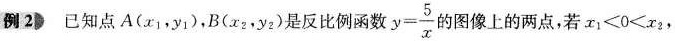
例 2 已知点A(x_{1}，y_{1})，B(x_{2}，y_{2})是反比例函数 $$y = \frac { 5 } { x }$$ 图像上的两点，若$$x _ { 1 } < 0 < x _ { 2 }$$，